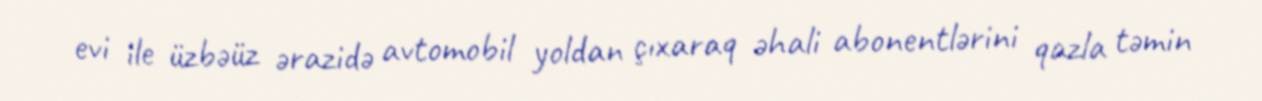
evi ile üzbəüz ərazidə avtomobil yoldan çıxaraq əhali abonentlərini qazla təmin